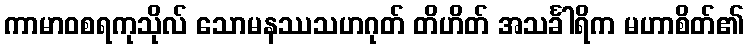
ကာမာဝစရကုသိုလ် သောမနဿသဟဂုတ် တိဟိတ် အသင်္ခါရိက မဟာစိတ်၏